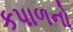
કપાળનો